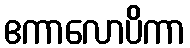
ဧကာလောပိကာ